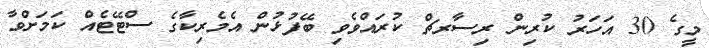
މީގެ 30 އަހަރު ކުރިން ރިސާރޗް ކުރައްވެވި ބޭފުޅުން އެމެރިކާގެ ސްޓޭޓެއް ކަމަށްވާ